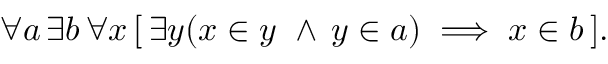
\forall a \, \exists b \, \forall x \, [ \, \exists y ( x \in y \, \, \land \, y \in a ) \implies x \in b \, ] .